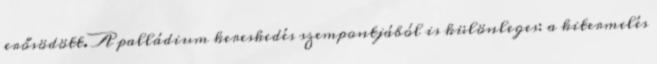
erősödött. A palládium kereskedés szempontjából is különleges: a kitermelés